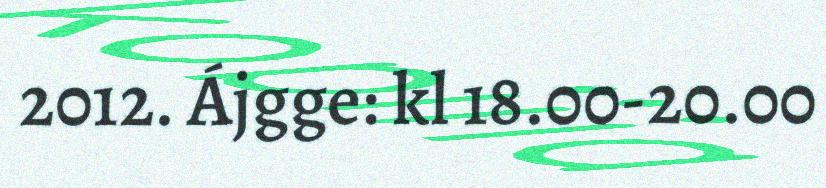
2012. Ájgge: kl 18.00-20.00